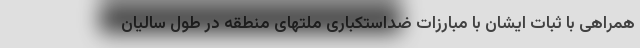
همراهی با ثبات ایشان با مبارزات ضداستکباری ملتهای منطقه در طول سالیان